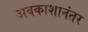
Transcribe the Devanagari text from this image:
अवकाशानंतर